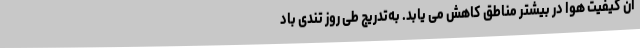
آن کیفیت هوا در بیشتر مناطق کاهش می یابد. به‌تدریج طی روز تندی باد